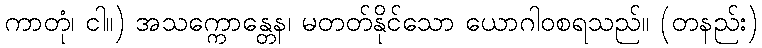
ကာတုံ၊ ငါ။) အသက္ကောန္တေန၊ မတတ်နိုင်သော ယောဂါဝစရသည်။ (တနည်း)